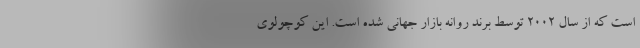
است که از سال 2002 توسط برند روانه بازار جهانی شده است. این کوچولوی